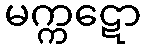
မက္ကဋော